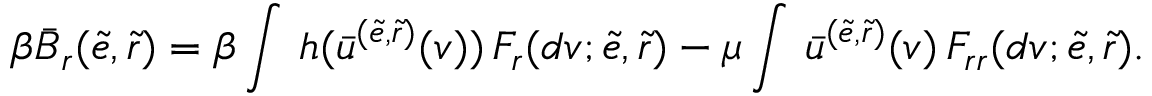
\beta \bar { B } _ { r } ( \tilde { e } , \tilde { r } ) = \beta \int \, h ( \bar { u } ^ { ( \tilde { e } , \tilde { r } ) } ( v ) ) \, F _ { r } ( d v ; \tilde { e } , \tilde { r } ) - \mu \int \, \bar { u } ^ { ( \tilde { e } , \tilde { r } ) } ( v ) \, F _ { r r } ( d v ; \tilde { e } , \tilde { r } ) .